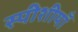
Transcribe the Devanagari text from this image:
स्पीशीयाँ